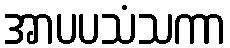
အာပပသံသကာ